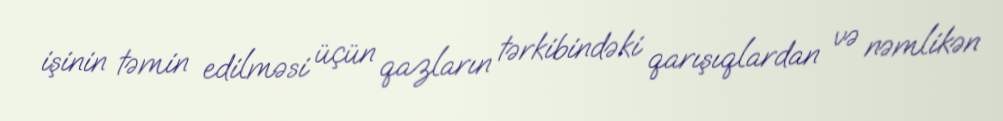
işinin təmin edilməsi üçün qazların tərkibindəki qarışıqlardan və nəmlikən